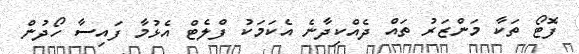
ފޮޓޯ ތަކާ މަންޒަރު ތައް ދެއްކިދާނެ އެކަމަކު ފްލެޓް އެޅުމާ ފައިސާ ހޯދުން